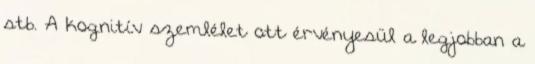
stb. A kognitív szemlélet ott érvényesül a legjobban a